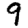
Digit: 9